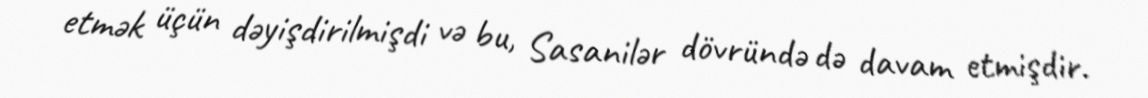
etmək üçün dəyişdirilmişdi və bu, Sasanilər dövründə də davam etmişdir.